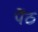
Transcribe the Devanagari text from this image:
पेंठ